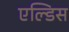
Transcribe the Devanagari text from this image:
एल्डिस